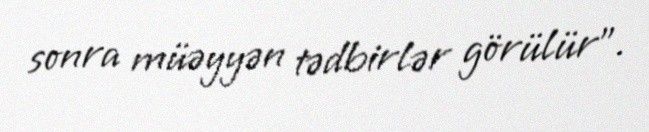
sonra müəyyən tədbirlər görülür”.